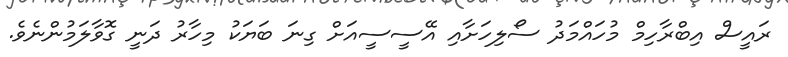
ރައީސް އިބްރާހިމް މުހައްމަދު ސޯލިހަށާއި އޭސީސީއަށް ގިނަ ބަޔަކު މިހާރު ދަނީ ގޮވާލަމުންނެވެ.